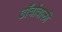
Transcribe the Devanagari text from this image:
ढाँचोंवाली